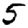
Digit: 5